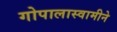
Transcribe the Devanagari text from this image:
गोपालास्वामीने